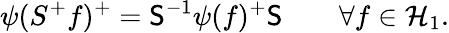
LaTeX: \psi(S^{+}f)^{+}={\sf{S}}^{-1}\psi(f)^{+}{\sf{S}}\quad\quad\forall f\in{\cal{H}}_{1}.